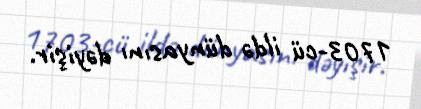
1703-cü ildə dünyasını dəyişir.